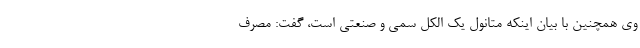
وی همچنین با بیان اینکه متانول یک الکل سمی و صنعتی است، گفت: مصرف